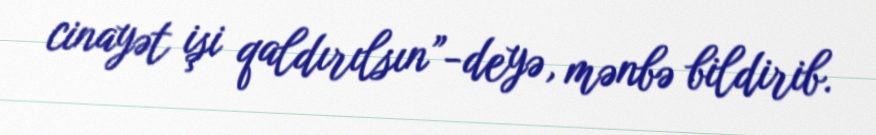
cinayət işi qaldırılsın”-deyə, mənbə bildirib.